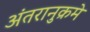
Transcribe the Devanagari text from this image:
अंतरानुक्रमे